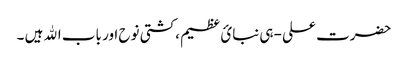
حضرت علی -ہی نبائ عظیم ،کشتی نوح اور باب اﷲ ہیں ۔